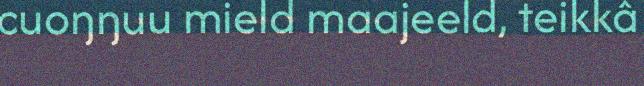
cuoŋŋuu mield maajeeld, teikkâ